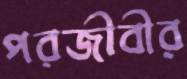
পরজীবীর